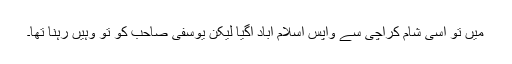
میں تو اسی شام کراچی سے واپس اسلام آباد آگیا لیکن یوسفی صاحب کو تو وہیں رہنا تھا۔